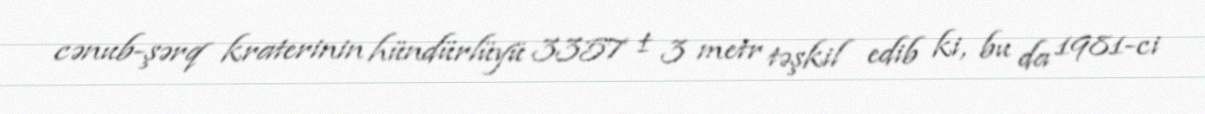
cənub-şərq kraterinin hündürlüyü 3357 ± 3 metr təşkil edib ki, bu da 1981-ci